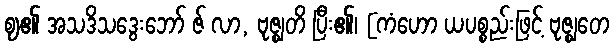
ဈ၏ အသဒိသဒွေးဘော် ဇ် လာ, ဗုဇ္ဈတိ ပြီး၏၊ [ကံဟော ယပစ္စည်းဖြင့် ဗုဇ္ဈတေ